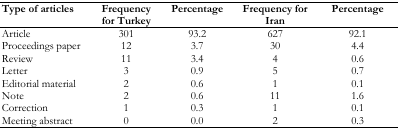
| Type of articles | Frequency for Turkey | Percentage | Frequency for Iran | Percentage |
 | --- | --- | --- | --- | --- |
 | Article | 301 | 93.2 | 627 | 92.1 |
 | Proceedings paper | 12 | 3.7 | 30 | 4.4 |
 | Review | 11 | 3.4 | 4 | 0.6 |
 | Letter | 3 | 0.9 | 5 | 0.7 |
 | Editorial material | 2 | 0.6 | 1 | 0.1 |
 | Note | 2 | 0.6 | 11 | 1.6 |
 | Correction | 1 | 0.3 | 1 | 0.1 |
 | Meeting abstract | 0 | 0.0 | 2 | 0.3 |